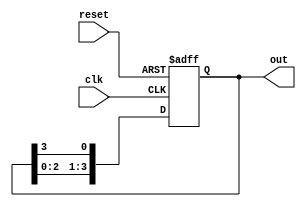
module ring_counter (
    input wire clk,       // Clock signal
    input wire reset,     // Asynchronous reset signal
    output reg [3:0] out  // 4-bit output
);

// State transition on clock
always @(posedge clk or posedge reset) begin
    if (reset) begin
        out <= 4'b0001;  // Reset to State 0 (0001)
    end else begin
        out <= {out[2:0], out[3]};  // Shift left, wrapping the last bit to the first
    end
end

endmodule